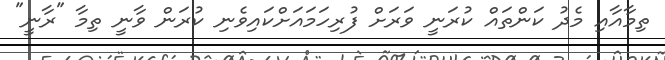
ތިމާއާއި މެދު ކަންތައް ކުރަނީ ވަރަށް ފުރިހަމައަށްކައިވެނި ކުރަން ވާނީ ތިމާ "ރާނީ"